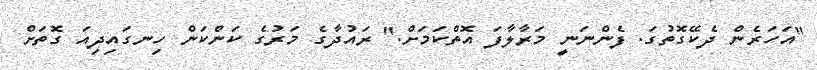
"އަހަރެން ދެކޭގޮތުގަ. ފެންނަނީ މަރާލާފަ އޮތްކަމަށް." ރައުދާގެ މަރުގެ ކަންކަން ހިނގައިދިއަ ގޮތަށް